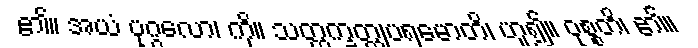
၏။ အယံ ပုဂ္ဂလော၊ ကို။ သတ္တက္ခတ္တုပရမောတိ၊ ဟူ၍။ ဝုစ္စတိ၊ ၏။